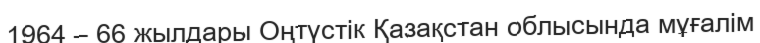
1964 – 66 жылдары Оңтүстік Қазақстан облысында мұғалім